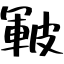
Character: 皸